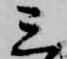
三